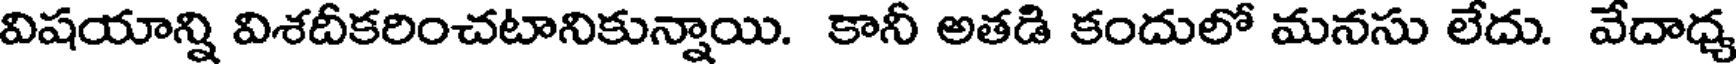
విషయాన్ని విశదీకరించటానికున్నాయి. కానీ అతడి కందులో మనసు లేదు. వేదాధ్య